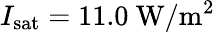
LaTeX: I_{\mathrm{sat}}=11.0~\mathrm{W/m^{2}}